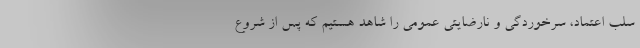
سلب اعتماد، سرخوردگی و نارضایتی عمومی را شاهد هستیم که پس از شروع